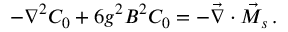
- \nabla ^ { 2 } C _ { 0 } + 6 g ^ { 2 } B ^ { 2 } C _ { 0 } = - \vec { \nabla } \cdot \vec { M } _ { s } \, .